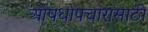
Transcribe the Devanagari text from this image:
औषधोपचारासाठी